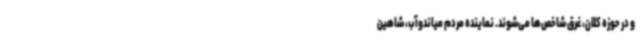
و در حوزه کلان، غرق شاخص‌ها می‌شوند. نماینده مردم میاندوآب، شاهین